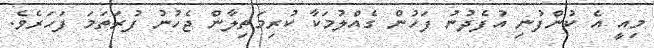
މިއީ އެ ކުންފުނި އުފެދުނު ފަހުން ގެއްލުމަކާ ކުރިމަތިލާން ޖެހުނު ފުރަތަމަ ފަހަރެވެ.